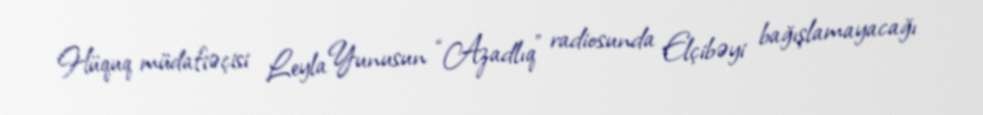
Hüquq müdafiəçisi Leyla Yunusun “Azadlıq” radiosunda Elçibəyi bağışlamayacağı